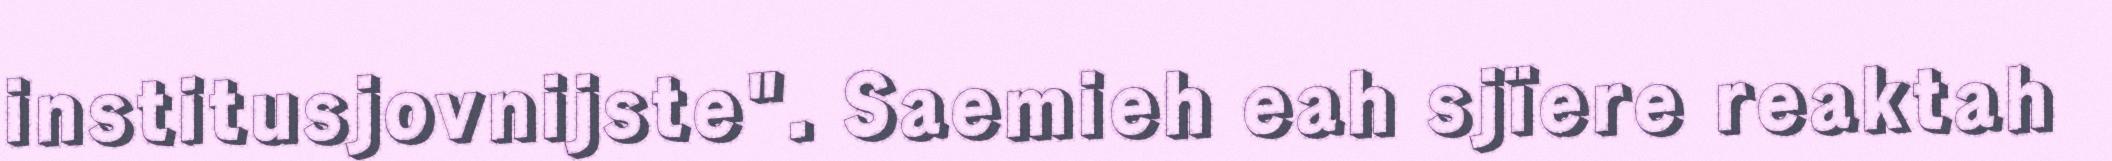
institusjovnijste". Saemieh eah sjïere reaktah